Vaccine operations Central Provinces 1868-1885 - 1868-1885
Year: 1868
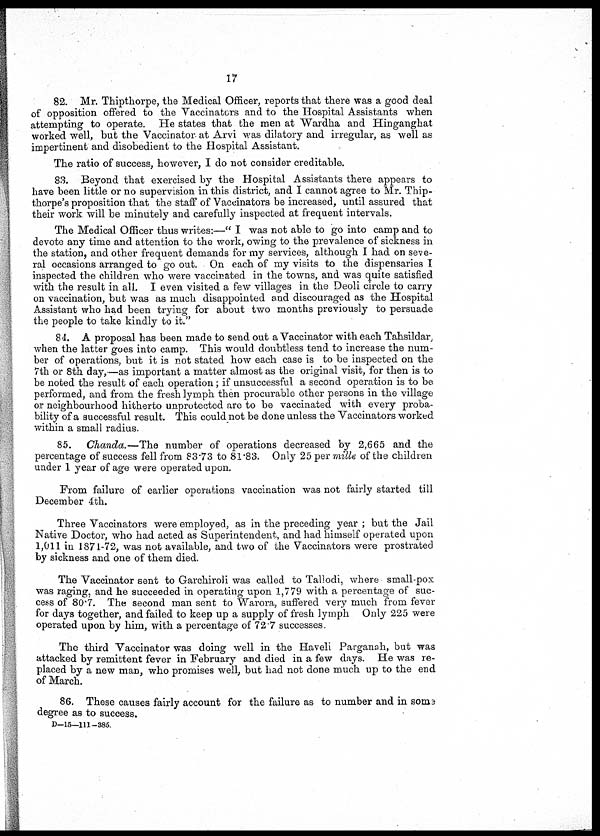
17
82. Mr. Thipthorpe, the Medical Officer, reports that there was a good deal
of opposition offered to the Vaccinators and to the Hospital Assistants when
attempting to operate. He states that the men at Wardha and Hinganghat
worked well, but the Vaccinator at Arvi was dilatory and irregular, as well as
impertinent and disobedient to the Hospital Assistant.
The ratio of success, however, I do not consider creditable.
83. Beyond that exercised by the Hospital Assistants there appears to
have been little or no supervision in this district, and I cannot agree to Mr. Thip¬-
thorpe's proposition that the staff of Vaccinators be increased, until assured that
their work will be minutely and carefully inspected at frequent intervals.
The Medical Officer thus writes:—" I was not able to go into camp and to
devote any time and attention to the work, owing to the prevalence of sickness in
the station, and other frequent demands for my services, although I had on seve-
ral occasions arranged to go out. On each of my visits to the dispensaries I
inspected the children who were vaccinated in the towns, and was quite satisfied
with the result in all. I even visited a few villages in the Deoli circle to carry
on vaccination, but was as much disappointed and discouraged as the Hospital
Assistant who had been trying for about two months previously to persuade
the people to take kindly to it."
84. A proposal has been made to send out a Vaccinator with each Tahsildar
when the latter goes into camp. This would doubtless tend to increase the num-
ber of operations, but it is not stated how each case is to be inspected on the
7th or 8th day, —as important a matter almost as the original visit, for then is to
be noted the result of each operation; if unsuccessful a second operation is to be
performed, and from the fresh lymph then procurable other persons in the village
or neighbourhood hitherto unprotected are to be vaccinated with every proba-
bility of a successful result. This could not be done unless the Vaccinators worked
within a small radius.
85. Chanda.—The number of operations decreased by 2,665 and the
percentage of success fell from 83.73 to 81.83. Only 25 per mille of the children
under 1 year of age were operated upon.
From failure of earlier operations vaccination was not fairly started till
December 4th.
Three Vaccinators were employed, as in the preceding year ; but the Jail
Native Doctor, who had acted as Superintendent, and had himself operated upon
1,011 in 1871-72, was not available, and two of the Vaccinators were prostrated
by sickness and one of them died.
The Vaccinator sent to Garchiroli was called to Tallodi, where small-pox
was raging, and he succeeded in operating upon 1,779 with a percentage of suc-
cess of 80.7. The second man sent to Warora, suffered very much from fever
for days together, and failed to keep up a supply of fresh lymph Only 225 were
operated upon by him, with a percentage of 72.7 successes.
The third Vaccinator was doing well in the Haveli Parganah, but was
attacked by remittent fever in February and died in a few days. He was re-
placed by a new man, who promises well, but had not done much up to the end
of March.
86. These causes fairly account for the failure as to number and in some
degree as to success.
D-15—111-385.